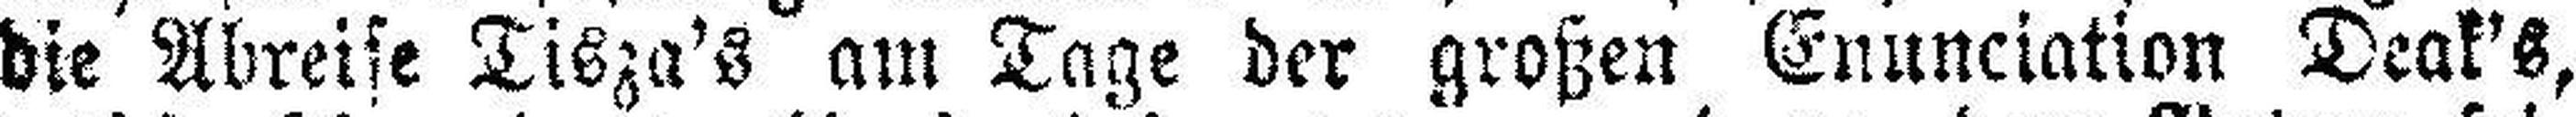
die Abreise Tisza's am Tage der großen Enunciation Deak's,